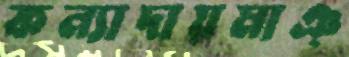
কন্যাদায়মাঞ্